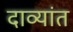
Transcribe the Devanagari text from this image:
दाव्यांत